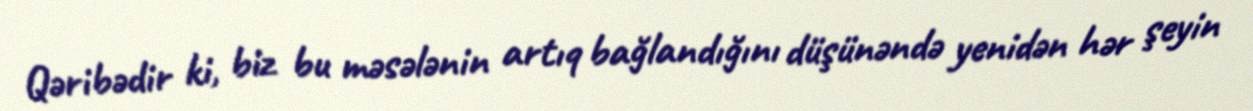
Qəribədir ki, biz bu məsələnin artıq bağlandığını düşünəndə yenidən hər şeyin